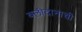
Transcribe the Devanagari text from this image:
बलीदानाची